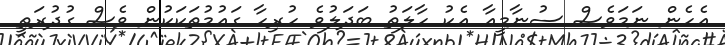
އެހެން ނަމަވެސް ސުނާމީއާ އެކު ހާލަތު ބަދަލުވެ ހުރިހާ ގައުމުތަކަކުން ވެސް ގުދުރަތީ